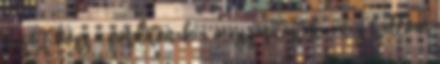
bejött kösz a fordítónak a magyarítást ha meg hallom